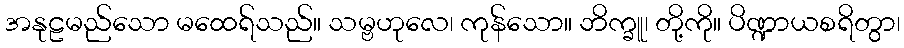
အနုဠမည်သော မထေရ်သည်။ သမ္ဗဟုလေ၊ ကုန်သော။ ဘိက္ခူ၊ တို့ကို။ ပိဏ္ဍာယစရိတွာ၊